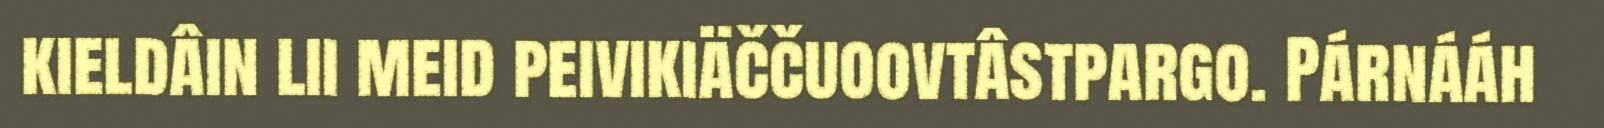
kieldâin lii meid peivikiäččuoovtâstpargo. Párnááh